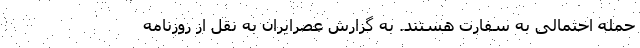
حمله احتمالی به سفارت هستند. به گزارش عصرایران به نقل از روزنامه